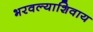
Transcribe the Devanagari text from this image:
भरवल्याशिवाय